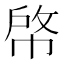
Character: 𢃘